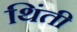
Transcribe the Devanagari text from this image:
थिंती